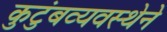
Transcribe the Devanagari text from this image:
कुटुंबव्यवस्थेने